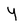
Character: y